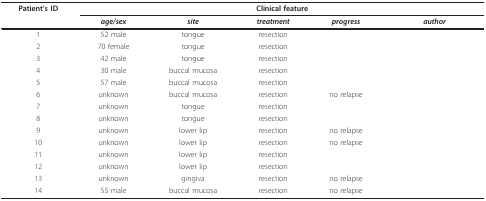
<table><thead><tr><td><b>Patient's ID</b></td><td colspan="5"><b>Clinical feature</b></td></tr><tr><td>[EMPTY_CELL]</td><td><b><i>age/sex</i></b></td><td><b><i>site</i></b></td><td><b><i>treatment</i></b></td><td><b><i>progress</i></b></td><td><b><i>author</i></b></td></tr></thead><tbody><tr><td>1</td><td>52 male</td><td>tongue</td><td>resection</td><td>[EMPTY_CELL]</td><td>[EMPTY_CELL]</td></tr><tr><td>2</td><td>70 female</td><td>tongue</td><td>resection</td><td>[EMPTY_CELL]</td><td>[EMPTY_CELL]</td></tr><tr><td>3</td><td>42 male</td><td>tongue</td><td>resection</td><td>[EMPTY_CELL]</td><td>[EMPTY_CELL]</td></tr><tr><td>4</td><td>30 male</td><td>buccal mucosa</td><td>resection</td><td>[EMPTY_CELL]</td><td>[EMPTY_CELL]</td></tr><tr><td>5</td><td>57 male</td><td>buccal mucosa</td><td>resection</td><td>[EMPTY_CELL]</td><td>[EMPTY_CELL]</td></tr><tr><td>6</td><td>unknown</td><td>buccal mucosa</td><td>resection</td><td>no relapse</td><td>[EMPTY_CELL]</td></tr><tr><td>7</td><td>unknown</td><td>tongue</td><td>resection</td><td>[EMPTY_CELL]</td><td>[EMPTY_CELL]</td></tr><tr><td>8</td><td>unknown</td><td>tongue</td><td>resection</td><td>[EMPTY_CELL]</td><td>[EMPTY_CELL]</td></tr><tr><td>9</td><td>unknown</td><td>lower lip</td><td>resection</td><td>no relapse</td><td>[EMPTY_CELL]</td></tr><tr><td>10</td><td>unknown</td><td>lower lip</td><td>resection</td><td>no relapse</td><td>[EMPTY_CELL]</td></tr><tr><td>11</td><td>unknown</td><td>lower lip</td><td>resection</td><td>[EMPTY_CELL]</td><td>[EMPTY_CELL]</td></tr><tr><td>12</td><td>unknown</td><td>lower lip</td><td>resection</td><td>[EMPTY_CELL]</td><td>[EMPTY_CELL]</td></tr><tr><td>13</td><td>unknown</td><td>gingiva</td><td>resection</td><td>no relapse</td><td>[EMPTY_CELL]</td></tr><tr><td>14</td><td>55 male</td><td>buccal mucosa</td><td>resection</td><td>no relapse</td><td>[EMPTY_CELL]</td></tr></tbody></table>